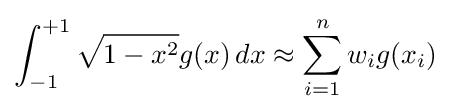
\int _{-1}^{+1}{\sqrt {1-x^{2}}}g(x)\,dx\approx \sum _{i=1}^{n}w_{i}g(x_{i})